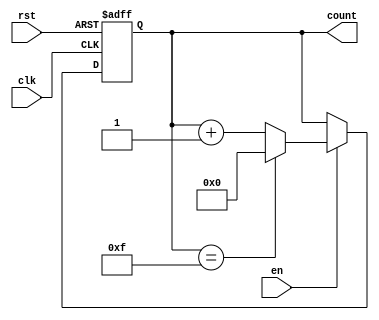
module MemoryBlocksUpCounter #(
    parameter WIDTH = 4 // Width of the counter (number of bits)
)(
    input wire clk,      // Clock signal
    input wire rst,      // Asynchronous reset signal
    input wire en,       // Enable signal for counting
    output reg [WIDTH-1:0] count // Current count value
);

// Maximum count value based on the width
localparam MAX_COUNT = (1 << WIDTH) - 1; // 2^WIDTH - 1

// Always block triggered on the rising edge of the clock
always @(posedge clk or posedge rst) begin
    if (rst) begin
        count <= 0; // Reset the counter to zero
    end else if (en) begin
        if (count == MAX_COUNT) begin
            count <= 0; // Wrap around to zero
        end else begin
            count <= count + 1; // Increment the counter
        end
    end
end

endmodule